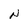
Character: N